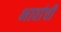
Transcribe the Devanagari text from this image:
भावांची